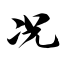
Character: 况